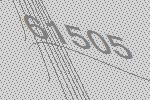
61505